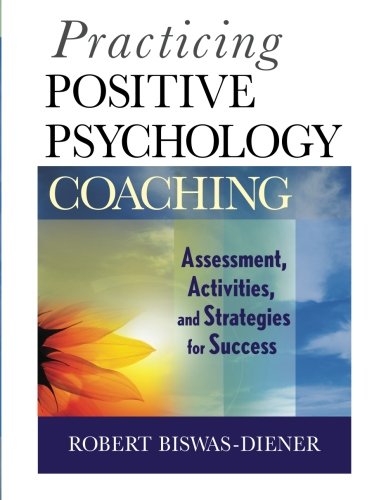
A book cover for Practicing Positive Psychology Coaching: Assessment, Activities and Strategies for Success; Robert Biswas-Diener; Medical Books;